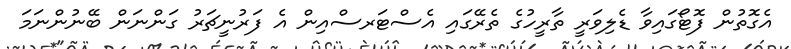
އެގޮތުން ފޮޓޯގައިވާ ޑެލިވަރީ ތާރީހުގެ ތެރޭގައި އެސްޓަރސްއިން އެ ފަރުނީޗަރު ގަންނަން ބޭނުންނަމަ